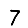
Digit: 7